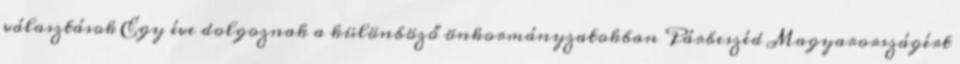
választások Egy éve dolgoznak a különböző önkormányzatokban Párbeszéd Magyarországért